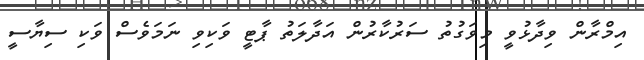
އިމްރާން ވިދާޅުވީ މިވަގުތު ސަރުކާރުން އަދާލަތު ޕާޓީ ވަކިވިި ނަމަވެސް ވަކި ސިޔާސީ